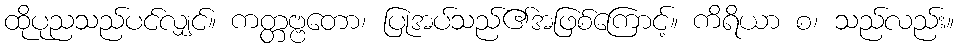
ထိုပုညသည်ပင်လျှင်။ ကတ္တဗ္ဗတော၊ ပြုအပ်သည်၏အဖြစ်ကြောင့်။ ကိရိယာ စ၊ သည်လည်း။